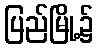
ပြည်မြို့၌